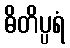
ဓိတိပ္ပရံ